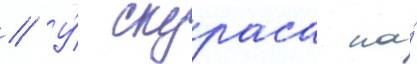
// У́ скураса на́